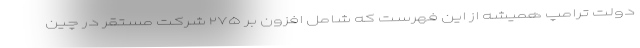
دولت ترامپ همیشه از این فهرست که شامل افزون بر ۲۷۵ شرکت مستقر در چین